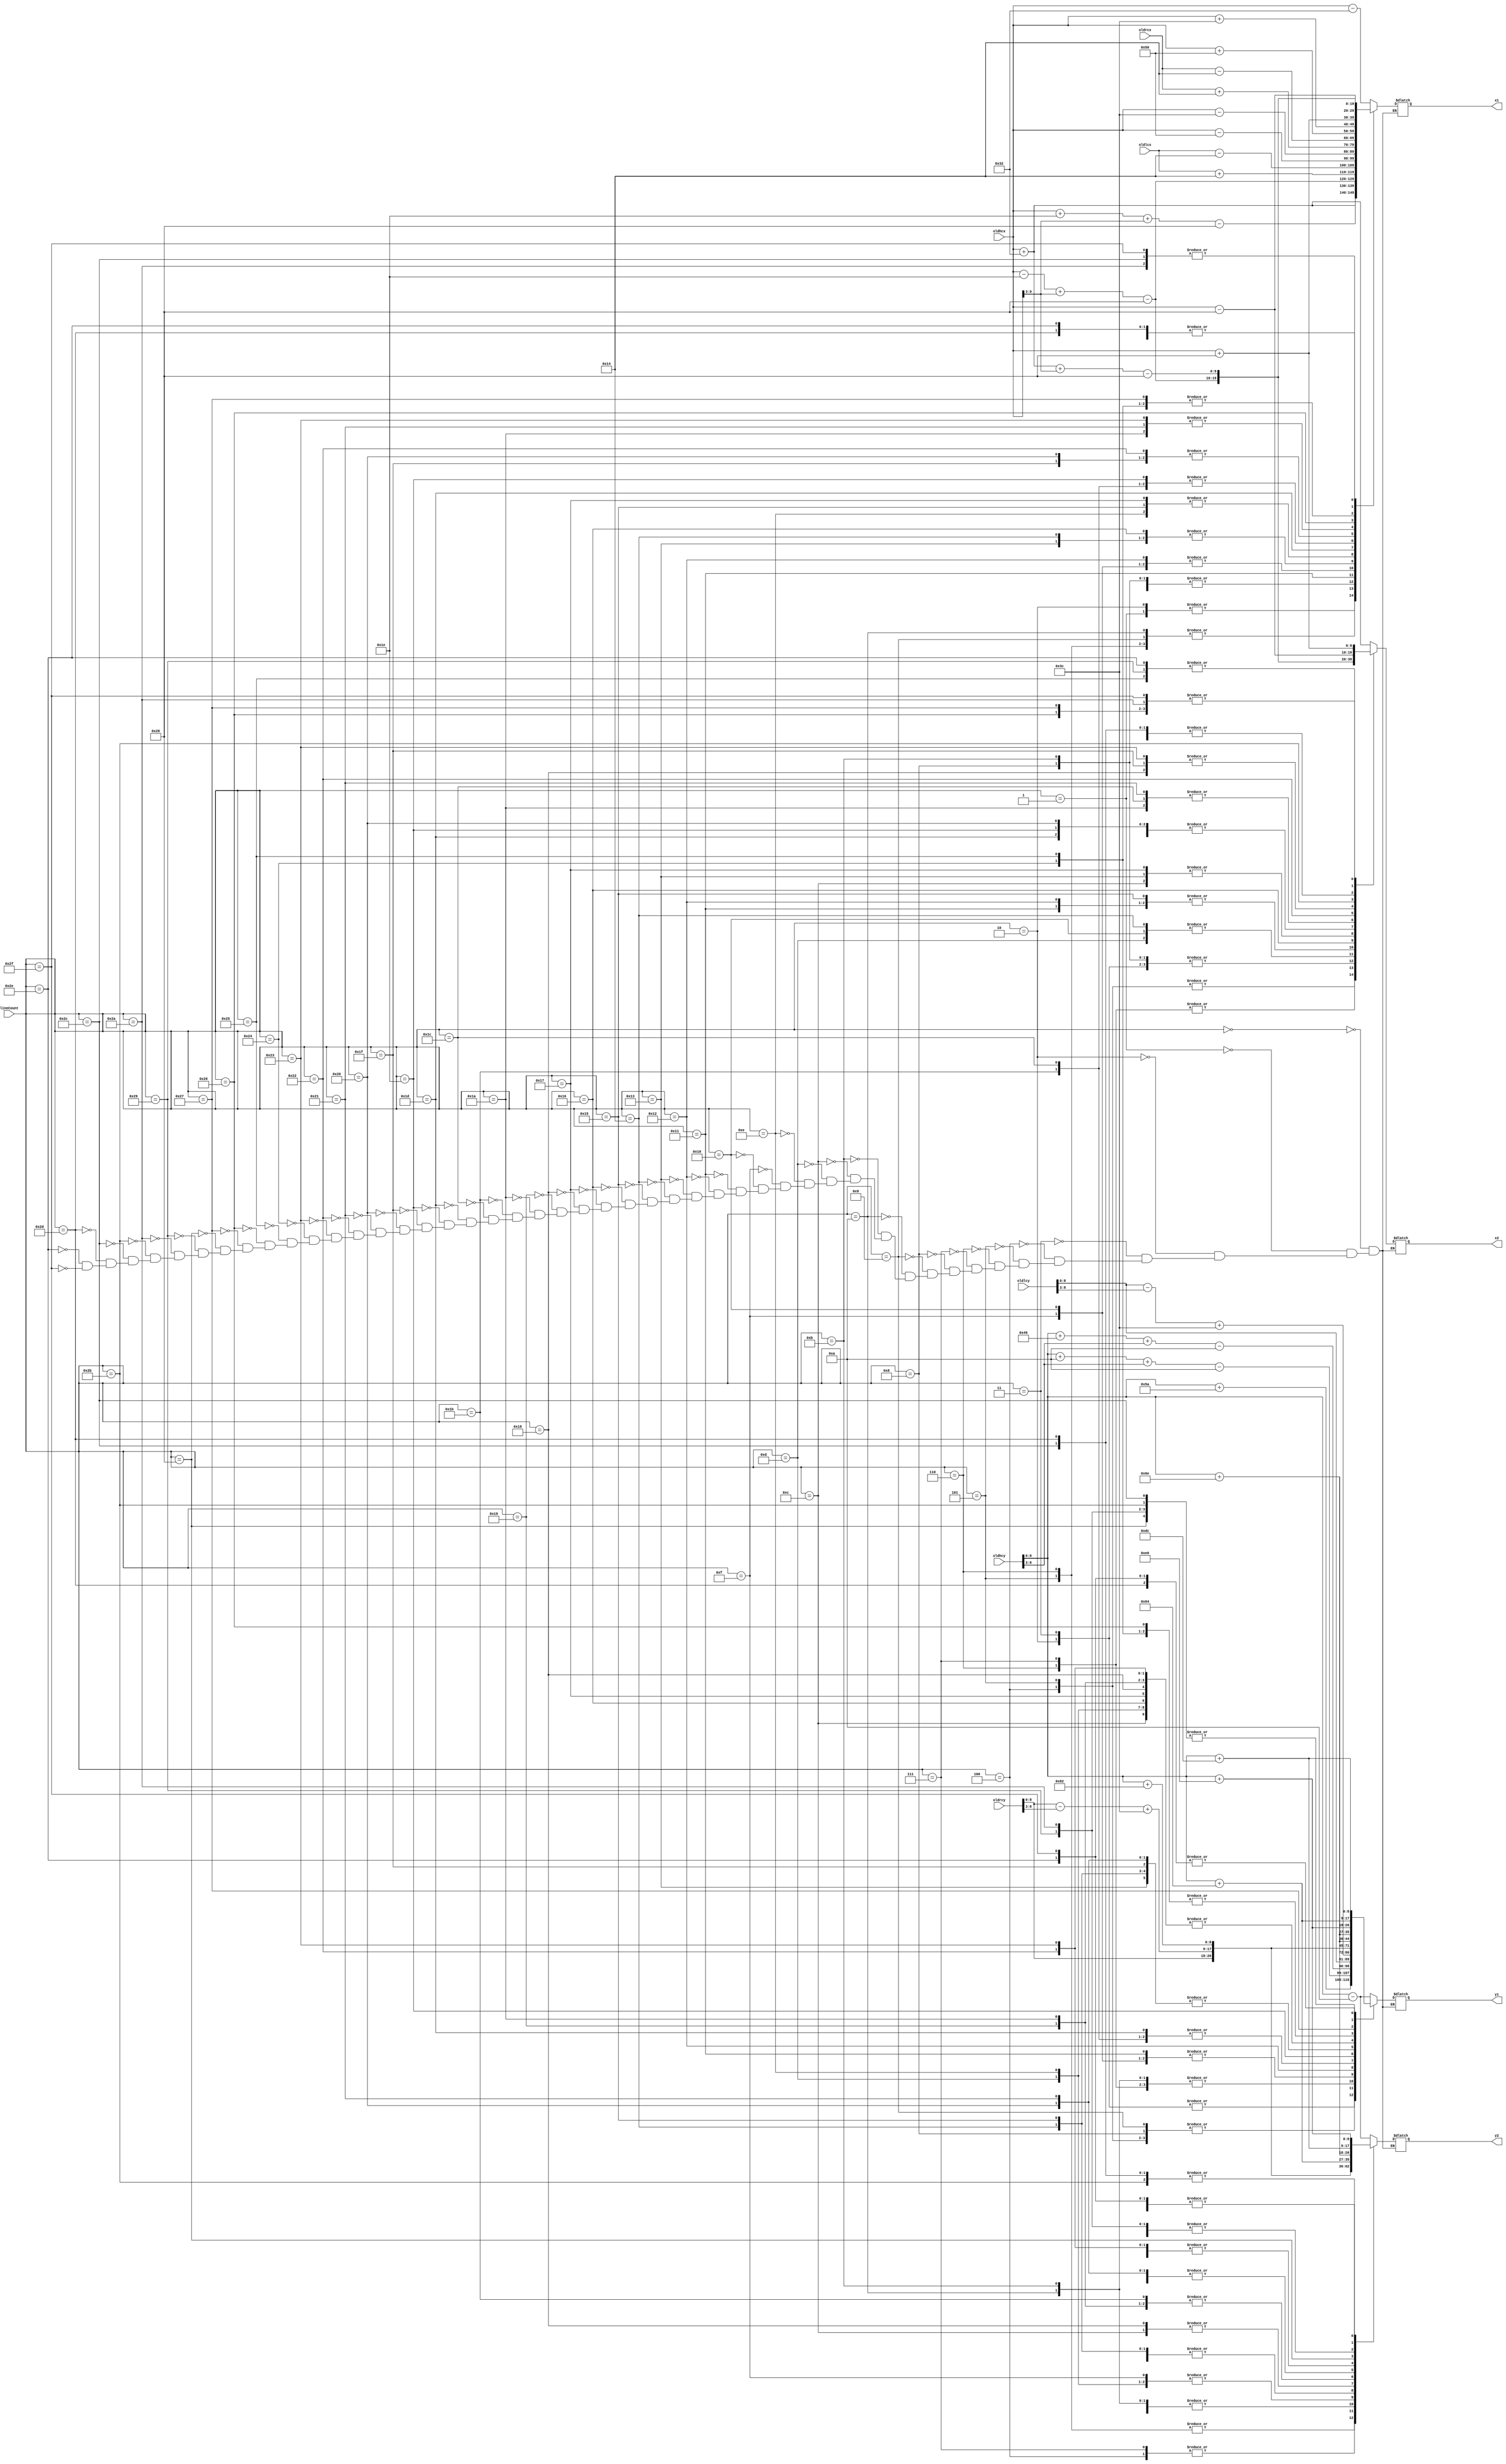
//#############################################################################
// WRITTEN BY ANNIE (WEI) DAI PLOTTING PRETTY LITTLE PICTURES OF
// A BOX HUMAN MODEL. THIS MODULE RETURNS THE BEGINNING AND ENDING 
// COORDINATES OF A LINE WHICH ARE NEEDED FOR THE BRESENHAM LINE DRAWING MODULE
// SPRING 2013
//#############################################################################
/////////////////////////////////////////////////////
//// UPPER BODY MODEL COORDINATES LOOKUP TABLE///////
/////////////////////////////////////////////////////
module body_LUT(x1,y1,x2,y2,oldhcx,oldhcy,oldlcx,oldlcy,oldrcx,oldrcy,lineCount);
output reg [9:0] x1,x2;
output reg [8:0] y1,y2;
input [5:0] lineCount;
input [9:0] oldhcx,oldhcy,oldlcx,oldlcy,oldrcx,oldrcy;

always @(lineCount)
begin
	case (lineCount)
					6'd0:
					begin
						x1<=(oldhcx)-10'd50;
						y1<=(oldhcy)-9'd10;
						x2<=(oldhcx)+10'd50;
						y2<=(oldhcy)-9'd10;
					end
					6'd1:
					begin
						x1<=(oldhcx)+10'd50;
						y1<=(oldhcy)-9'd10;
						x2<=(oldhcx)+10'd50;
						y2<=(oldhcy)+9'd90;
					end
					6'd2:
					begin
						x1<=(oldhcx)+10'd50;
						y1<=(oldhcy)+9'd90;
						x2<=(oldhcx)-10'd50;
						y2<=(oldhcy)+9'd90;
					end
					6'd3:
					begin
						x1<=(oldhcx)-10'd50;
						y1<=(oldhcy)+9'd90;
						x2<=(oldhcx)-10'd50;
						y2<=(oldhcy)-9'd10;
					end
					6'd4:
					begin
						x1<=(oldhcx)-10'd30+oldhcx[9:3]-6'd40;
						y1<=(oldhcy)+9'd10+oldhcy[8:3]-5'd10;
						x2<=(oldhcx)+10'd30+oldhcx[9:3]-6'd40;
						y2<=(oldhcy)+9'd10+oldhcy[8:3]-5'd10;
					end
					6'd5:
					begin
						x1<=(oldhcx)+10'd30+oldhcx[9:3]-6'd40;
						y1<=(oldhcy)+9'd10+oldhcy[8:3]-5'd10;
						x2<=(oldhcx)+10'd30+oldhcx[9:3]-6'd40;
						y2<=(oldhcy)+9'd70+oldhcy[8:3]-5'd10;
					end
					6'd6:
					begin
						x1<=(oldhcx)+10'd30+oldhcx[9:3]-6'd40;
						y1<=(oldhcy)+9'd70+oldhcy[8:3]-5'd10;
						x2<=(oldhcx)-10'd30+oldhcx[9:3]-6'd40;
						y2<=(oldhcy)+9'd70+oldhcy[8:3]-5'd10;
					end
					6'd7:
					begin
						x1<=(oldhcx)-10'd30+oldhcx[9:3]-6'd40;
						y1<=(oldhcy)+9'd70+oldhcy[8:3]-5'd10;
						x2<=(oldhcx)-10'd30+oldhcx[9:3]-6'd40;
						y2<=(oldhcy)+9'd10+oldhcy[8:3]-5'd10;
					end
					6'd8:
					begin
						x1<=(oldhcx)-10'd30+oldhcx[9:3]-6'd40;
						y1<=(oldhcy)+9'd10+oldhcy[8:3]-5'd10;
						x2<=(oldhcx)-10'd50;
						y2<=(oldhcy)-9'd10;
					end
					6'd9:
					begin
						x1<=(oldhcx)+10'd30+oldhcx[9:3]-6'd40;
						y1<=(oldhcy)+9'd10+oldhcy[8:3]-5'd10;
						x2<=(oldhcx)+10'd50;
						y2<=(oldhcy)-9'd10;
					end
					6'd10:
					begin
						x1<=(oldhcx)+10'd30+oldhcx[9:3]-6'd40;
						y1<=(oldhcy)+9'd70+oldhcy[8:3]-5'd10;
						x2<=(oldhcx)+10'd50;
						y2<=(oldhcy)+9'd90;
					end
					6'd11:
					begin
						x1<=(oldhcx)-10'd30+oldhcx[9:3]-6'd40;
						y1<=(oldhcy)+9'd70+oldhcy[8:3]-5'd10;
						x2<=(oldhcx)-10'd50;
						y2<=(oldhcy)+9'd90;
					end
					6'd12:
					begin
						x1<=oldhcx-10'd80;//horizontal arm top
						y1<=oldhcy+9'd110;
						x2<=oldhcx-10'd60;
						y2<=oldhcy+9'd110;
					end
					6'd13:
					begin
						x1<=oldhcx-10'd80;//armleft
						y1<=oldhcy+9'd110;
						x2<=oldlcx-10'd20;
						y2<=oldlcy;
					end
					6'd14:
					begin
						x1<=oldhcx-10'd60;
						y1<=oldhcy+9'd110;
						x2<=oldlcx+10'd20;
						y2<=oldlcy;
					end
					6'd15:
					begin
						x1<=oldlcx-10'd20;
						y1<=oldlcy;
						x2<=oldlcx+10'd20;
						y2<=oldlcy;
					end
					6'd16:
					begin
						x1<=oldlcx-10'd20;
						y1<=oldlcy;
						x2<=oldlcx-10'd20;
						y2<=oldlcy-oldlcy[8:3]+10'd60;
					end
					6'd17:
					begin
						x1<=oldlcx+10'd20;
						y1<=oldlcy;
						x2<=oldlcx+10'd20;
						y2<=oldlcy-oldlcy[8:3]+10'd60;
					end
					6'd18:
					begin
						x1<=oldlcx-10'd20;
						y1<=oldlcy-oldlcy[8:3]+10'd60;
						x2<=oldlcx+10'd20;
						y2<=oldlcy-oldlcy[8:3]+10'd60;
					end
					6'd19:
					begin
						x1<=oldhcx-10'd80;//horizontal arm top bot
						y1<=oldhcy+9'd130;
						x2<=oldhcx-10'd60;
						y2<=oldhcy+9'd130;
					end
					6'd20:
					begin
						x1<=oldhcx-10'd80;//horizontal arm top bot
						y1<=oldhcy+9'd130;
						x2<=oldlcx-10'd20;
						y2<=oldlcy-oldlcy[8:3]+10'd60;					
					end
					6'd21:
					begin
						x1<=oldhcx-10'd60;
						y1<=oldhcy+9'd130;
						x2<=oldlcx+10'd20;
						y2<=oldlcy-oldlcy[8:3]+10'd60;
					end
					6'd22:
					begin
						x1<=oldhcx-10'd80;//horizontal arm top bot
						y1<=oldhcy+9'd110;
						x2<=oldhcx-10'd80;//horizontal arm top bot
						y2<=oldhcy+9'd130;
					end
					6'd23:
					begin
						x1<=oldhcx-10'd60;//horizontal arm top bot
						y1<=oldhcy+9'd110;
						x2<=oldhcx-10'd60;
						y2<=oldhcy+9'd130;
					end
					6'd24:
					begin
						x1<=oldhcx+10'd80;//horizontal arm top
						y1<=oldhcy+9'd110;
						x2<=oldhcx+10'd60;
						y2<=oldhcy+9'd110;
					end
					6'd25:
					begin
						x1<=oldhcx+10'd80;//armleft
						y1<=oldhcy+9'd110;
						x2<=oldrcx+10'd20;
						y2<=oldrcy;
					end
					6'd26:
					begin
						x1<=oldhcx+10'd60;
						y1<=oldhcy+9'd110;
						x2<=oldrcx-10'd20;
						y2<=oldrcy;
					end
					6'd27:
					begin
						x1<=oldrcx-10'd20;
						y1<=oldrcy;
						x2<=oldrcx+10'd20;
						y2<=oldrcy;
					end
					6'd28:
					begin
						x1<=oldrcx-10'd20;
						y1<=oldrcy;
						x2<=oldrcx-10'd20;
						y2<=oldrcy-oldrcy[8:3]+10'd60;
					end
					6'd29:
					begin
						x1<=oldrcx+10'd20;
						y1<=oldrcy;
						x2<=oldrcx+10'd20;
						y2<=oldrcy-oldrcy[8:3]+10'd60;
					end
					6'd30:
					begin
						x1<=oldrcx-10'd20;
						y1<=oldrcy-oldrcy[8:3]+10'd60;
						x2<=oldrcx+10'd20;
						y2<=oldrcy-oldrcy[8:3]+10'd60;
					end
					6'd31:
					begin
						x1<=oldhcx+10'd80;//horizontal arm top bot
						y1<=oldhcy+9'd130;
						x2<=oldhcx+10'd60;
						y2<=oldhcy+9'd130;
					end
					6'd32:
					begin
						x1<=oldhcx+10'd80;//horizontal arm top bot
						y1<=oldhcy+9'd130;
						x2<=oldrcx+10'd20;
						y2<=oldrcy-oldrcy[8:3]+10'd60;					
					end
					6'd33:
					begin
						x1<=oldhcx+10'd60;
						y1<=oldhcy+9'd130;
						x2<=oldrcx-10'd20;
						y2<=oldrcy-oldrcy[8:3]+10'd60;
					end
					6'd34:
					begin
						x1<=oldhcx+10'd80;//horizontal arm top bot
						y1<=oldhcy+9'd110;
						x2<=oldhcx+10'd80;//horizontal arm top bot
						y2<=oldhcy+9'd130;
					end
					6'd35:
					begin
						x1<=oldhcx+10'd60;//horizontal arm top bot
						y1<=oldhcy+9'd110;
						x2<=oldhcx+10'd60;
						y2<=oldhcy+9'd130;
					end
					6'd36:
					begin
						x1<=oldhcx-10'd40; //body
						y1<=oldhcy+10'd110;
						x2<=oldhcx+10'd40;
						y2<=oldhcy+10'd110;
					end
					6'd37:
					begin
						x1<=oldhcx-10'd40; //body
						y1<=oldhcy+10'd110;
						x2<=oldhcx-10'd40;
						y2<=oldhcy+10'd230;
					end
					6'd38:
					begin
						x1<=oldhcx+10'd40;
						y1<=oldhcy+10'd110;
						x2<=oldhcx+10'd40;
						y2<=oldhcy+10'd230;
					end
					6'd39:
					begin
						x1<=oldhcx-10'd40;
						y1<=oldhcy+10'd230;
						x2<=oldhcx+10'd40;
						y2<=oldhcy+10'd230;
					end
					6'd40:
					begin
						x1<=oldhcx-10'd30+oldhcx[9:3]-10'd40;
						y1<=oldhcy+10'd100;
						x2<=oldhcx+10'd50+oldhcx[9:3]-10'd40;
						y2<=oldhcy+10'd100;
					end
					6'd41:
					begin
						x1<=oldhcx-10'd30+oldhcx[9:3]-10'd40;
						y1<=oldhcy+10'd100;
						x2<=oldhcx-10'd40;
						y2<=oldhcy+10'd110;
					end
					6'd42:
					begin
						x1<=oldhcx+10'd50+oldhcx[9:3]-10'd40;
						y1<=oldhcy+10'd100;
						x2<=oldhcx+10'd40;
						y2<=oldhcy+10'd110;
					end
					6'd43:
					begin
						x1<=oldhcx-10'd30+oldhcx[9:3]-10'd40;
						y1<=oldhcy+10'd100;
						x2<=oldhcx-10'd30+oldhcx[9:3]-10'd40;
						y2<=oldhcy+10'd220;
					end
					6'd44:
					begin
						x1<=oldhcx+10'd50+oldhcx[9:3]-10'd40;
						y1<=oldhcy+10'd100;
						x2<=oldhcx+10'd50+oldhcx[9:3]-10'd40;
						y2<=oldhcy+10'd220;
					end
					6'd45:
					begin
						x1<=oldhcx-10'd30+oldhcx[9:3]-10'd40;
						y1<=oldhcy+10'd220;
						x2<=oldhcx+10'd50+oldhcx[9:3]-10'd40;
						y2<=oldhcy+10'd220;
					end
					6'd46:
					begin
						x1<=oldhcx-10'd30+oldhcx[9:3]-10'd40;
						y1<=oldhcy+10'd220;
						x2<=oldhcx-10'd40;
						y2<=oldhcy+10'd230;
					end
					6'd47:
					begin
						x1<=oldhcx+10'd50+oldhcx[9:3]-10'd40;
						y1<=oldhcy+10'd220;
						x2<=oldhcx+10'd40;
						y2<=oldhcy+10'd230;
					end
				endcase
	end

endmodule